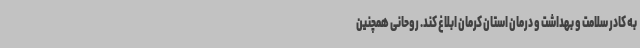
به کادر سلامت و بهداشت و درمان استان کرمان ابلاغ کند. روحانی همچنین